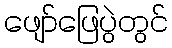
ဖျော်ဖြေပွဲတွင်